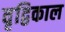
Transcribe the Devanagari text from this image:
वृद्विकाल